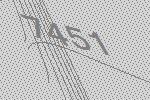
7451